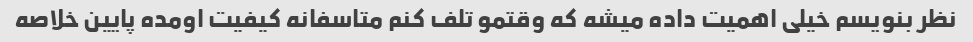
نظر بنویسم خیلی اهمیت داده میشه که وقتمو تلف کنم متاسفانه کیفیت اومده پایین خلاصه